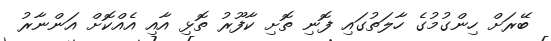
ބޭރަށް ހިންގުމުގެ ހާލަތުގައި ފޮނި ތޮށި ކާފޫރު ތޮޅި އާއި އެއްކޮށް އަންނާރު